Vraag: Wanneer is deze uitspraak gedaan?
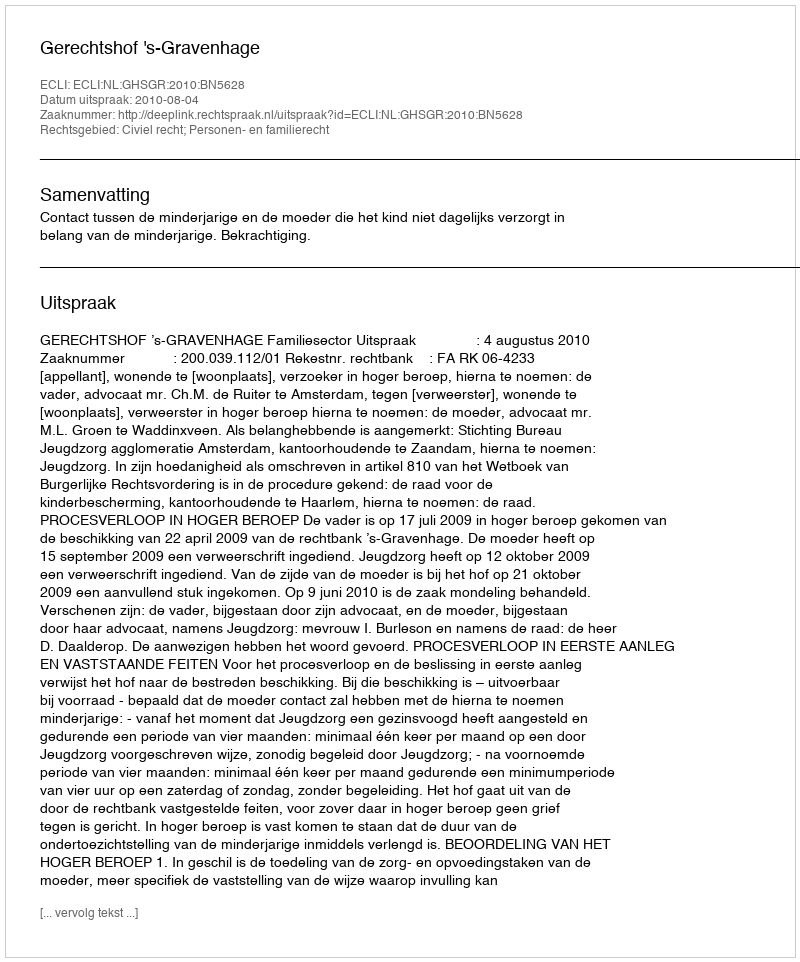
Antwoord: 2010-08-04